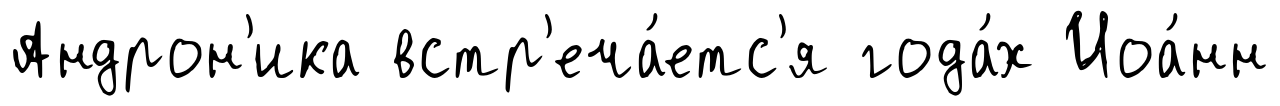
Андрон'ика встр'еча́етс'я года́х Иоа́нн